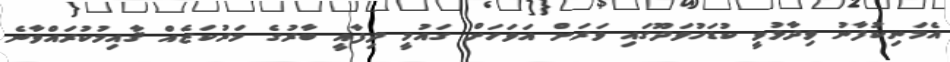
އެމަނިކުފާނު ވިދާޅުވީ ކުޑަހުވަދޫގައި ވަރަށް އަވަހަށް ގައުމީ ދިފާއީ ބާރުގެ މަރުކަޒެއް ޤާއިމުކުރައްވާނެ